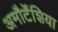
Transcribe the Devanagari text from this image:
अमौर्टेंशिया